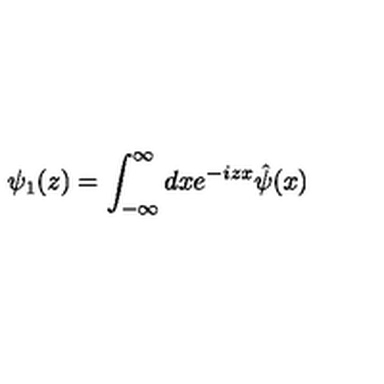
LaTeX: { \psi } _ { 1 } ( z ) = \int _ { - \infty } ^ { \infty } d x e ^ { - i z x } \hat { \psi } ( x )